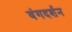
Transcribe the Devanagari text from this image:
वंगदर्शन